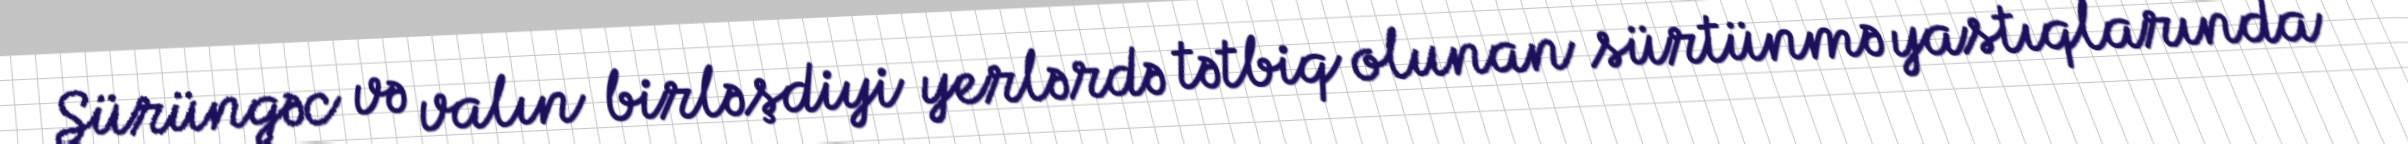
Sürüngəc və valın birləşdiyi yerlərdə tətbiq olunan sürtünmə yastıqlarında